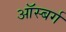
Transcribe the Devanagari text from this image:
ऑस्बर्ग